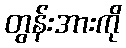
တွန်းအားကို